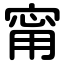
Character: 甯